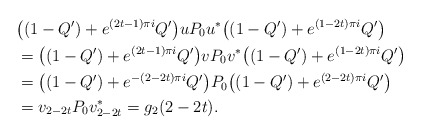
\begin{align*} & \big( (1-Q')+ e^{(2t-1)\pi i}Q'\big) u P_0 u^* \big((1-Q')+ e^{(1-2t)\pi i}Q' \big) \\ & = \big((1-Q')+ e^{(2t-1)\pi i}Q' \big) v P_0 v^* \big((1-Q')+ e^{(1-2t)\pi i}Q' \big) \\ & = \big((1-Q')+ e^{-(2-2t)\pi i} Q' \big) P_0 \big((1-Q')+ e^{(2-2t)\pi i}Q' \big) \\ & = v_{2-2t}P_0 v_{2-2t}^* = g_2(2-2t). \end{align*}